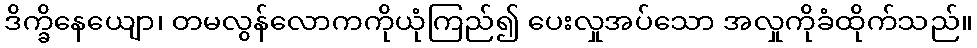
ဒိက္ခိနေယျော၊ တမလွန်လောကကိုယုံကြည်၍ ပေးလှုအပ်သော အလှုကိုခံထိုက်သည်။